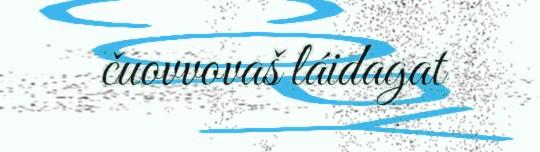
čuovvovaš láidagat